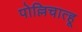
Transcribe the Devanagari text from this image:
पोल्लिचात्हू